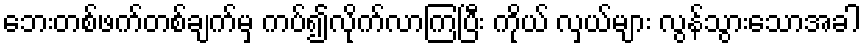
ဘေးတစ်ဖက်တစ်ချက်မှ ကပ်၍လိုက်လာကြပြီး ကိုယ် လှယ်များ လွန်သွားသောအခါ